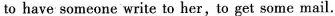
to have someone write to her,to get some mail.